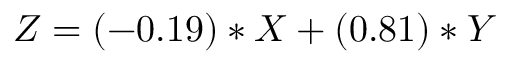
Z = ( - 0 . 1 9 ) * X + ( 0 . 8 1 ) * Y